Medical and sanitary report of the native army of Bengal for the year
Year: 1875
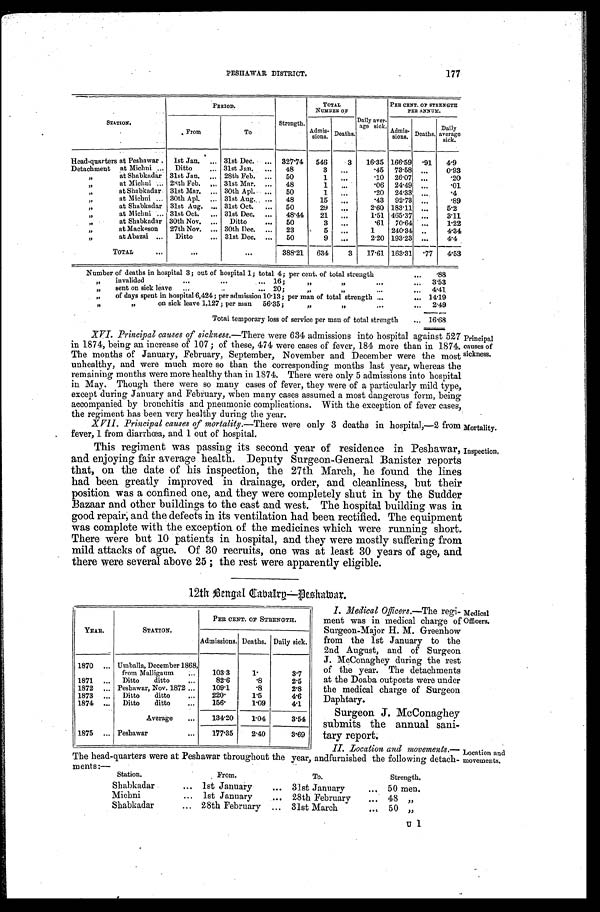
I. Medical Officers.— The regi-
ment was in medical charge of
Surgeon-Major H. M. Greenhow
from the 1st January to the
2nd August, and of Surgeon
J. McConaghey during the rest
of the year. The detachments
at the Doaba outposts were under
the medical charge of Surgeon
Daphtary.
Surgeon J. McConaghey
submits the annual sani-
tary report.
II. Location and movements.—
The head-quarters were at Peshawar throughout the year, and furnished the following detach-
ments:—
YEAR.
STATION.
PER CENT. OF STRENGTH.
Admissions. Deaths. Daily sick.
1870
. . . Umballa, December 1868,
from Malligaum
. . .
103.3
1.
3.7
1871 ...
Ditto
ditto
...
82.6
.8
2.5
1872 ... Peshawar, Nov. 1872 ...
109.1
.8
2.8
1873
. . . Ditto
ditto
. . .
220.
1.5
4.6
1874 ...
Ditto
ditto
. . .
156.
1.09
4.1
Average
...
134.20
1.04
3.54
1875 ... Peshawar
...
177.35
2.40
3.69
Medical
Officers.
Location and
movements.
177
PESHAWAR DISTRICT.
STATION.
PERIOD.
Strength.
TOTAL
NUMBER OF
Daily aver-
age sick.
PER CENT. OF STRENGTH
PER ANNUM.
From
To
Admis
-
sions.
.
Deaths.
Admis-
sions. Deaths.
Daily
average
sick.
Head-quarters at Peshawar .
1st Jan.
. . . 31st Dec. ... 327.74
546
3
16.35 166. 59
. 9 1
4.9
Detachment at Michni ...
Ditto
. . . 31st Jan.
...
48
3
. . .
.45 73. 58 ...
0.93
, ,
at Shabkadar 31st Jan.
. . . 28th Feb. ...
50
1
. . .
.10
26.07
. . .
.20
, ,
at Michni
. . . 28th Feb.
. . . 31st Mar.
. . .
48
1
...
.06 24. 49
. . .
.01
„
at Shabkadar 31st Mar.
. . . 30th Apl.
. . . 50
1
. . .
.20
24.33
. . .
.4
, ,
at Michni ... 30th Apl.
. . . 31st Aug. ...
48
15
...
.43
92.73
. . .
.89
,,
at Shabkadar 31st Aug.
. . . 31st Oct.
...
50
29
. . .
2.60 183 .11
. . .
5.2
, ,
at Michni ... 31st Oct.
. . . 31st Dec. ...
48.44
21
...
1.51 465 . 37
...
3.11
, ,
at Shabkadar 30th Nov.
. . . Ditto
...
50
3
...
.61
70.64
...
1.22
, ,
at Mackeson
27th Nov. ... 30th Dec. ...
23
5
...
1
240.34 ..
4.34
, ,
at Abazai ...
Ditto
... 31st Dec. ...
50
9
...
2.20 193.23 ...
4.4
TOTAL
...
. . .
...
388.21
634
3
17.61 163.31
. 7 7
4.53
Number of deaths in hospital 3 ; out of hospital 1 ; total 4 ; per cent. of total strength
. . .
.88
„
invalided
. . .
. . .
... 16 ;
, ,
, ,
. . .
. . .
3.53
„
sent on sick leave
...
. . ... 20 ;
, ,
, ,
...
...
4.41
„
of days spent in hospital 6,424 ; per admission 10 . 13 ; per man of total strength ...
... 14.19
, ,
, ,
on sick leave 1,127 ; per man
56.35 ;
, ,
,,
. . .
...
2.49
Total temporary loss of service per man of total strength
... 16.68
XVI. Principal causes of sickness.— There were 634 admissions into hospital against 527
in 1874, being an increase of 107 ; of these, 474 were cases of fever, 184 more than in 1874.
The months of January, February, September, November and December were the most
unhealthy, and were much more so than the corresponding months last year, whereas the
remaining months were more healthy than in 1874. There were only 5 admissions into hospital
in May. Though there were so many cases of fever, they were of a particularly mild type,
except during January and February, when many cases assumed a most dangerous form, being
accompanied by bronchitis and pneumonic complications. With the exception of fever cases,
the regiment has been very healthy during the year.
XVII.
Principal causes of mortality.— There were only 3 deaths in hospital,—2 from
fever, 1 from diarrhœa, and 1 out of hospital.
Principal
causes of
sickness.
Mortality.
This regiment was passing its second year of residence in Peshawar,
and enjoying fair average health. Deputy Surgeon-General Banister reports
that, on the date of his inspection, the 27th March, he found the lines
had been greatly improved in drainage, order, and cleanliness, but their
position was a confined one, and they were completely shut in by the Sudder
Bazaar and other buildings to the east and west. The hospital building was in
good repair, and the defects in its ventilation had been rectified. The equipment
was complete with the exception of the medicines which were running short.
There were but 10 patients in hospital, and they were mostly suffering from
mild attacks of ague. Of 30 recruits, one was at least 30 years of age, and
there were several above 25 ; the rest were apparently eligible.
Inspection.
12th Bengal Cabalry—Peshawar.
Station.
From.
To.
Strength.
Shabkadar
... 1st January
... 31st January
... 50 men.
Michni
. . . 1st January
... 28th February
. . . 48 ,,
Shabkadar
... 28th February
...
31st March
. . . 50 ,,
U 1